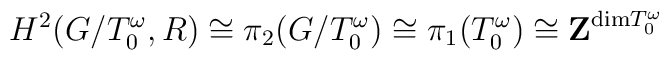
H^2( G/T^\omega_0,R ) \cong  \pi_2(G/T^\omega_0)\cong  \pi_1(T^\omega_0) \cong  {\bf Z}^{{\rm dim}  T^\omega_0}